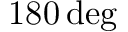
1 8 0 \, \mathrm { d e g }